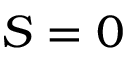
S = 0